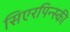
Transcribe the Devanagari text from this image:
सिएरपिन्स्की